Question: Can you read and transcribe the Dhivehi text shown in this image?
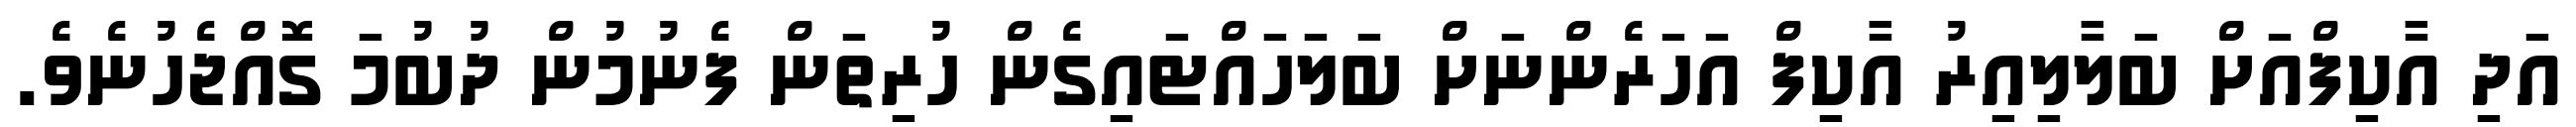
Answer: އަދި އާކިފްއަށް ބަލާލިއިރު އާކިފް އަހަރެންނަށް ބަލަހައްޓައިގެން ހުރިތަން ފެނުމުން ދުބުމަ ގޮއްޖެހުނެވެ.